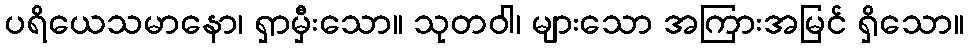
ပရိယေသမာနော၊ ရှာမှီးသော။ သုတဝါ၊ များသော အကြားအမြင် ရှိသော။